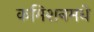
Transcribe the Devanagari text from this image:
कमिशनमधे